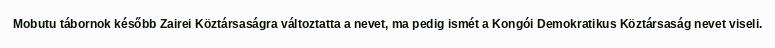
Mobutu tábornok később Zairei Köztársaságra változtatta a nevet, ma pedig ismét a Kongói Demokratikus Köztársaság nevet viseli.